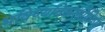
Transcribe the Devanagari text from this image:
भविष्यतिकलौविष्णु